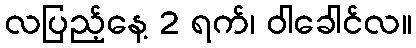
လပြည့်နေ့ 2 ရက်၊ ဝါခေါင်လ။